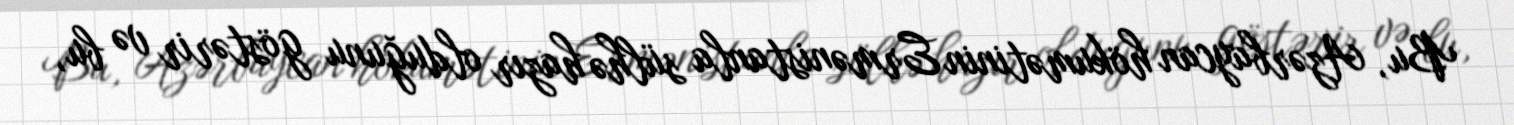
Bu, Azərbaycan hökumətinin Ermənistanla sülhə hazır olduğunu göstərir və bu,